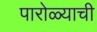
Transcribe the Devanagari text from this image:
पारोळ्याची